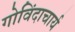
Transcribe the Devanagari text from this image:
गोविंदाचार्य